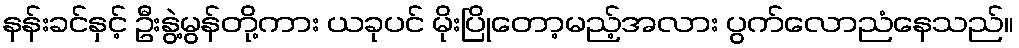
နန်းခင်နှင့် ဦးနွဲ့မွန်တို့ကား ယခုပင် မိုးပြိုတော့မည့်အလား ပွက်လောညံနေသည်။